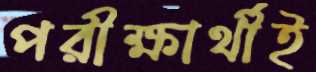
পরীক্ষার্থীই